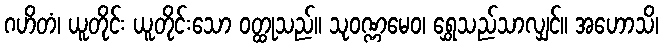
ဂဟိတံ၊ ယူတိုင်း ယူတိုင်းသော ဝတ္ထုသည်။ သုဝဏ္ဏမေဝ၊ ရွှေသည်သာလျှင်။ အဟောသိ၊